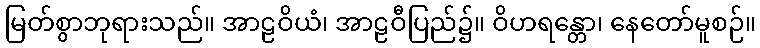
မြတ်စွာဘုရားသည်။ အာဠဝိယံ၊ အာဠဝီပြည်၌။ ဝိဟရန္တော၊ နေတော်မူစဉ်။